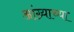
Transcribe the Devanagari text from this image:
आंग्र्‍याच्या